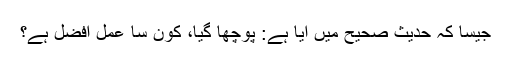
جیسا کہ حدیث صحیح میں آیا ہے: پوچھا گیا، کون سا عمل افضل ہے؟